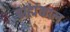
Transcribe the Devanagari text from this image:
ब्राह्मंकाल